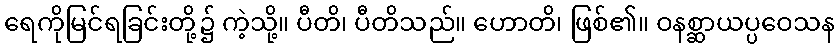
ရေကိုမြင်ရခြင်းတို့၌ ကဲ့သို့။ ပီတိ၊ ပီတိသည်။ ဟောတိ၊ ဖြစ်၏။ ဝနစ္ဆာယပ္ပဝေသန